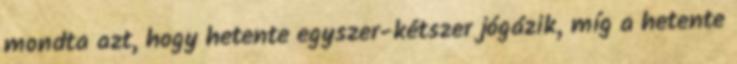
mondta azt, hogy hetente egyszer-kétszer jógázik, míg a hetente